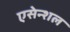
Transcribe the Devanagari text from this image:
एसेन्शल